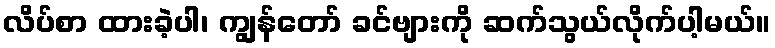
လိပ်စာ ထားခဲ့ပါ၊ ကျွန်တော် ခင်ဗျားကို ဆက်သွယ်လိုက်ပါ့မယ်။